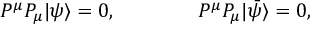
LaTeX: P ^ { \mu } P _ { \mu } | \psi \rangle = 0 , \qquad \qquad P ^ { \mu } P _ { \mu } | \bar { \psi } \rangle = 0 ,